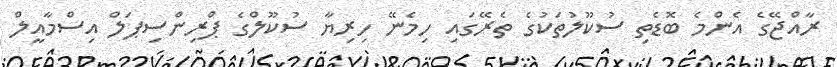
ރާއްޖޭގެ އެންމެ ބޮޑެތި ސުކޫލުތަކުގެ ތެރޭގައި ހިމެނޭ ހިރިޔާ ސުކޫލްގެ ޕްރިންސިޕަލް އިސްމާއީލް